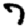
Digit: 7